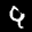
Label: 9